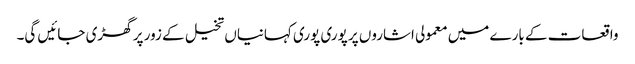
واقعات کے بارے میں معمولی اشاروں پر پوری پوری کہانیاں تخیل کے زور پر گھڑی جائیں گی۔